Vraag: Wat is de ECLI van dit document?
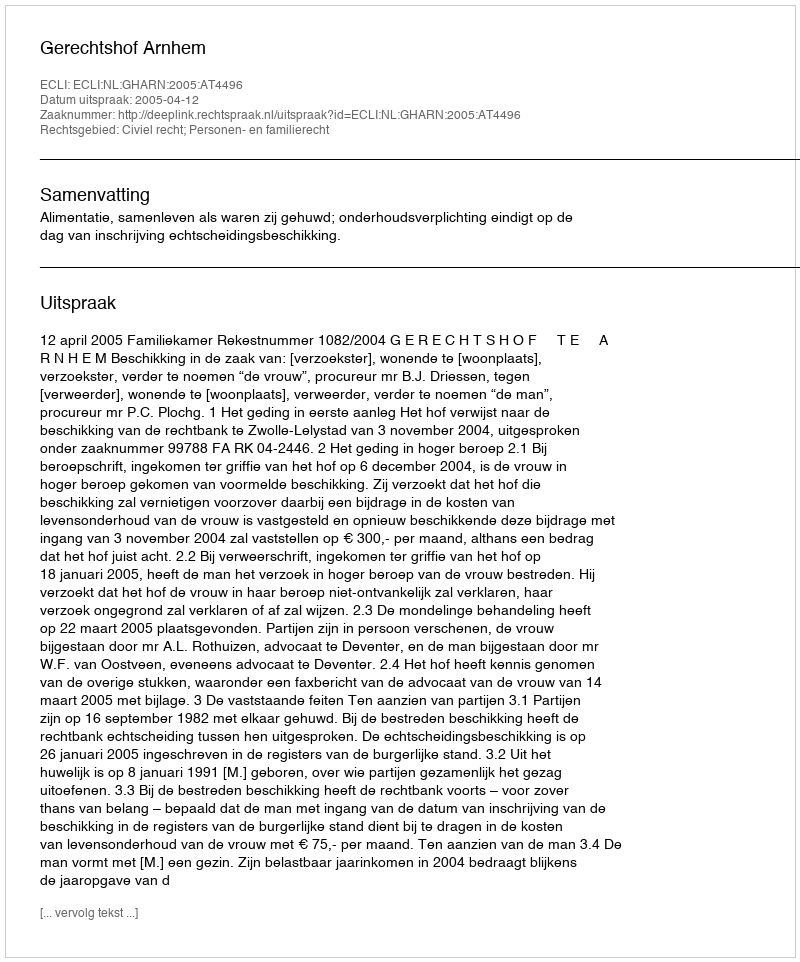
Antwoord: ECLI:NL:GHARN:2005:AT4496